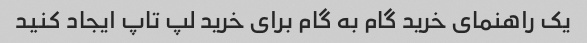
یک راهنمای خرید گام به گام برای خرید لپ تاپ ایجاد کنید